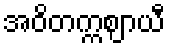
အဝိတက္ကဈာယီ